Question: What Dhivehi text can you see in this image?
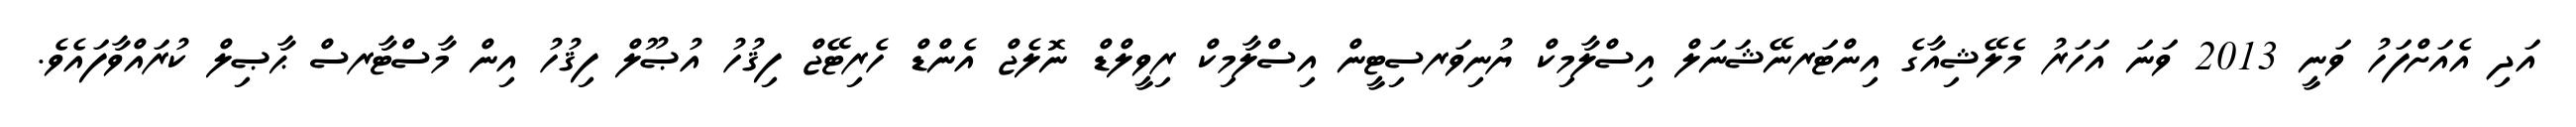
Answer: އަދި އެއަށްފަހު ވަނީ 2013 ވަނަ އަހަރު މެލޭޝިއާގެ އިންޓަރނޭޝަނަލް އިސްލާމިކް ޔުނިވަރސިޓީން އިސްލާމިކް ރިވީލްޑް ނޮލެޖް އެންޑް ހެރިޓޭޖް ފިޤުހު އުޞޫލް ފިޤުހު އިން މާސްޓާރސް ޙާޞިލް ކުރައްވާފައެވެ.